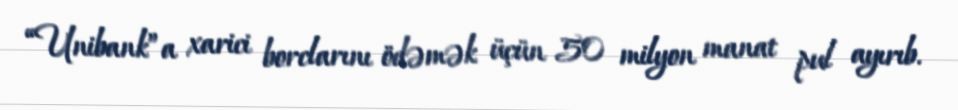
“Unibank”a xarici borclarını ödəmək üçün 50 milyon manat pul ayırıb.